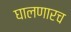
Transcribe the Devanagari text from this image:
घालणारच